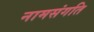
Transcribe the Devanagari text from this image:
नामसंगति